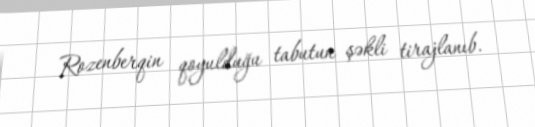
Rozenberqin qoyulduğu tabutun şəkli tirajlanıb.